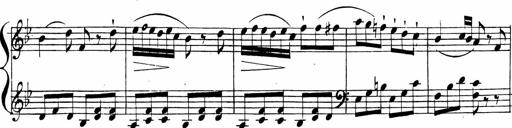
Title: 2 Piano Sonatinas
Composer: Ferdinand Ries